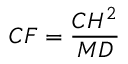
C F = { \frac { C H ^ { 2 } } { M D } }